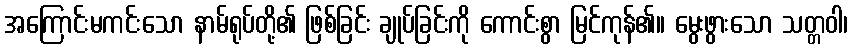
အကြောင်းမကင်းသော နာမ်ရုပ်တို့၏ ဖြစ်ခြင်း ချုပ်ခြင်းကို ကောင်းစွာ မြင်ကုန်၏။ မွေးဖွားသော သတ္တဝါ၊